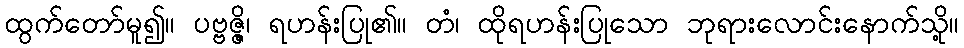
ထွက်တော်မူ၍။ ပဗ္ဗဇ္ဇိ၊ ရဟန်းပြု၏။ တံ၊ ထိုရဟန်းပြုသော ဘုရားလောင်းနောက်သို့။